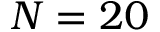
N = 2 0